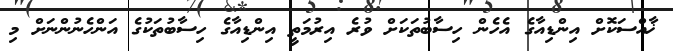
ޚާއްސަކޮށް އިންޑިއާގެ އެހެން ހިސާބުތަކަށް ވުރެ އިރުމަތީ އިންޑިއާގެ ހިސާބުތަކުގެ އަންހެނުންނަށް މި